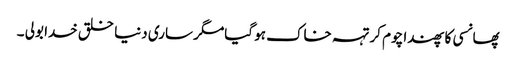
پھانسی کا پھندا چوم کر تہہ خاک ہو گیامگر ساری دنیا خلق خدا بولی ۔